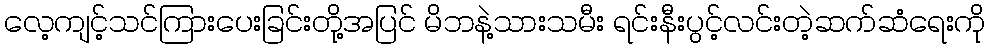
လေ့ကျင့်သင်ကြားပေးခြင်းတို့အပြင် မိဘနဲ့သားသမီး ရင်းနီးပွင့်လင်းတဲ့ဆက်ဆံရေးကို